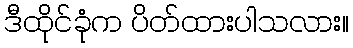
ဒီထိုင်ခုံက ပိတ်ထားပါသလား။